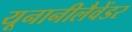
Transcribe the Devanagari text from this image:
यूनानीलैवेंडर